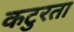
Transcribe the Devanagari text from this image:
कटुरता